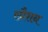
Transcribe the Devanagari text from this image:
स्प्रैशन